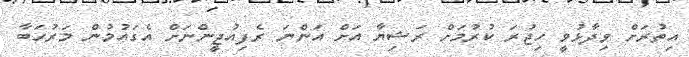
އިތުރަށް ވިދާޅުވީ ހިޖުރަ ކުރުމަށް ރަޝިޔާ އަށް އަންނަ ރެފިއުޖީންނަށް އެގައުމުން މަރުހަބާ